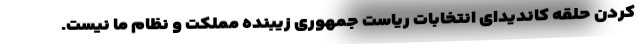
کردن حلقه کاندیدای انتخابات ریاست جمهوری زیبنده مملکت و نظام ما نیست.